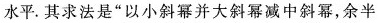
水平。其求法是”以小斜幂并大斜幂减中斜幂，余半